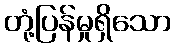
တုံ့ပြန်မှုရှိသော